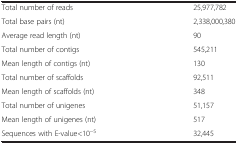
|  |  |
 | --- | --- |
 | Total number of reads | 25,977,782 |
 | Total base pairs (nt) | 2,338,000,380 |
 | Average read length (nt) | 90 |
 | Total number of contigs | 545,211 |
 | Mean length of contigs (nt) | 130 |
 | Total number of scaffolds | 92,511 |
 | Mean length of scaffolds (nt) | 348 |
 | Total number of unigenes | 51,157 |
 | Mean length of unigenes (nt) | 517 |
 | Sequences with E-value<10-5 | 32,445 |